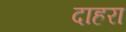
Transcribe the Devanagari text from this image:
दाहरा